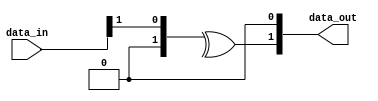
// SPDX-License-Identifier: Apache-2.0
// Copyright (C) 2019 Intel Corporation. 
//------------------------------------------------------------------------
//
// Revision:    $Revision: #1 $
//------------------------------------------------------------------------
//-----------------------------------------------------------------------------
// Description : Gray to binary conversion when binary count is expected to increment by 2
//-----------------------------------------------------------------------------

module cdclib_graytobin_inc2
   #(
      parameter WIDTH           = 2 // Data width 
    )
   (
   // Inputs
   input  wire [WIDTH-1:0]  data_in,       // data in
   // Outputs
   output wire  [WIDTH-1:0]  data_out       // data out
   );


   genvar                      i;
   
   assign data_out[0] = 1'b0;
   generate
      for (i = 1; i <= WIDTH-1; i = i+1) begin: GREY_TO_BIN
        assign data_out[i] = ^(data_in >> i);            
         
      end // block: GRAY_TO_BIN
   endgenerate


endmodule